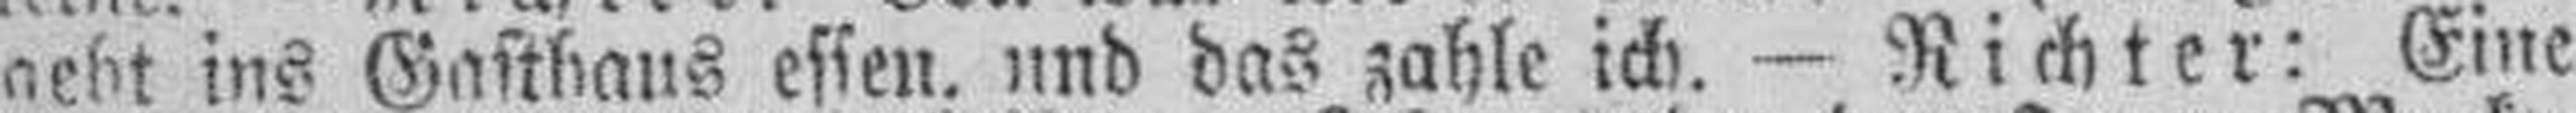
acht ins Gasthaus essen, und das zahle ich. — Richter: Eine